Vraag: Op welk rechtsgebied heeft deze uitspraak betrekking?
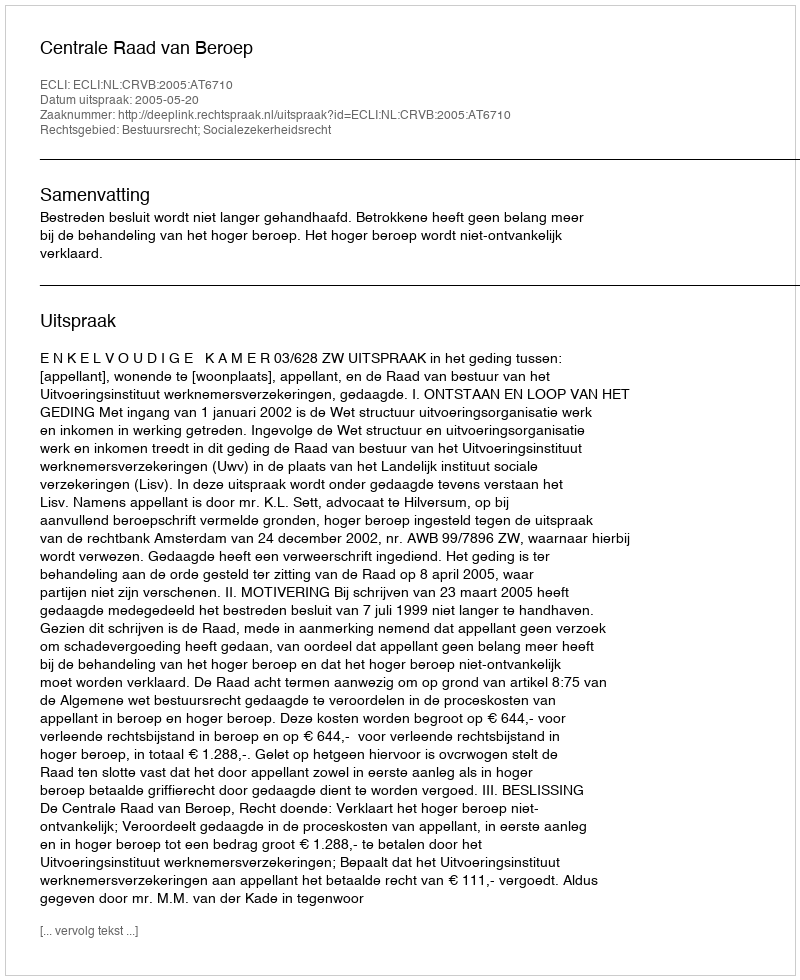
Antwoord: Bestuursrecht; Socialezekerheidsrecht